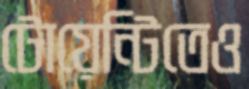
টোয়েন্টিতেও